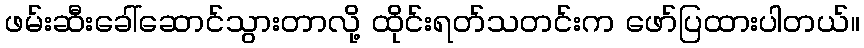
ဖမ်းဆီးခေါ်ဆောင်သွားတာလို့ ထိုင်းရတ်သတင်းက ဖော်ပြထားပါတယ်။